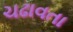
ચઢાવતા